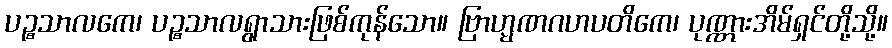
ပဉ္စသာလကေ၊ ပဉ္စသာလရွာသားဖြစ်ကုန်သော။ ဗြာဟ္မဏဂဟပတိကေ၊ ပုဏ္ဏားအိမ်ရှင်တို့သို့။